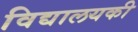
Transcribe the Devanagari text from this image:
विद्यालयकी